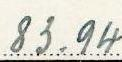
83.94